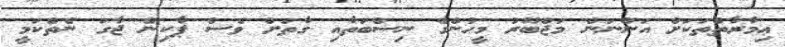
ޢިމާރާތްތަކަށް އަންނަން މަޖްބޫރު މީހުންގެ ނިސްބަތާއި ގާތަށް ވެސް ޕާކިން ޖާގަ ނެތްކަމީ